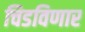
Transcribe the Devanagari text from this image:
चिडविणार